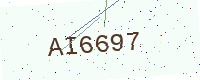
Text: AI6697